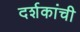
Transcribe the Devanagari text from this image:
दर्शकांची